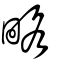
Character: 略